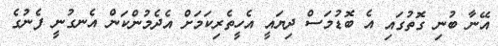
އޭނާ ބުނި ގޮތުގައި އެ ބޮޑުމަސް ދިޔައީ އެހީތެރިކަމަށް އެދެމުންކަން އެނގުނީ ފެނުގެ